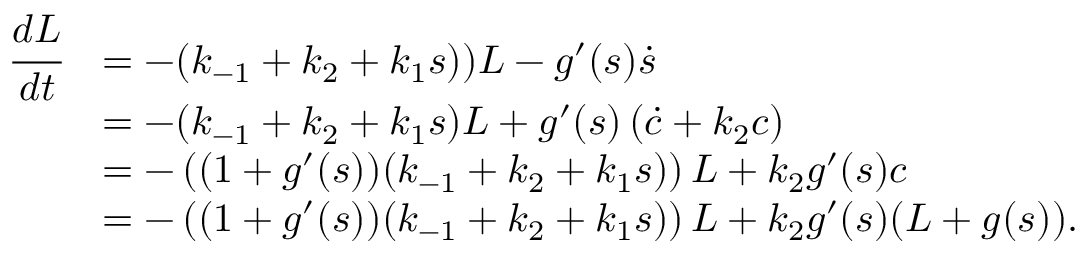
\begin{array} { r l } { \cfrac { d L } { d t } } & { = - ( k _ { - 1 } + k _ { 2 } + k _ { 1 } s ) ) L - g ^ { \prime } ( s ) \dot { s } } \\ & { = - ( k _ { - 1 } + k _ { 2 } + k _ { 1 } s ) L + g ^ { \prime } ( s ) \left( \dot { c } + k _ { 2 } c \right) } \\ & { = - \left( ( 1 + g ^ { \prime } ( s ) ) ( k _ { - 1 } + k _ { 2 } + k _ { 1 } s ) \right) L + k _ { 2 } g ^ { \prime } ( s ) c } \\ & { = - \left( ( 1 + g ^ { \prime } ( s ) ) ( k _ { - 1 } + k _ { 2 } + k _ { 1 } s ) \right) L + k _ { 2 } g ^ { \prime } ( s ) ( L + g ( s ) ) . } \end{array}